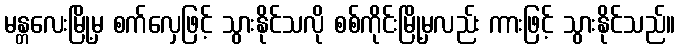
မန္တလေးမြို့မှ စက်လှေဖြင့် သွားနိုင်သလို စစ်ကိုင်းမြို့မှလည်း ကားဖြင့် သွားနိုင်သည်။